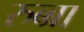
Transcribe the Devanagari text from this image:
रुब्ब्रा